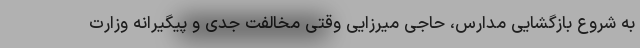
به شروع بازگشایی مدارس، حاجی میرزایی وقتی مخالفت جدی و پیگیرانه وزارت